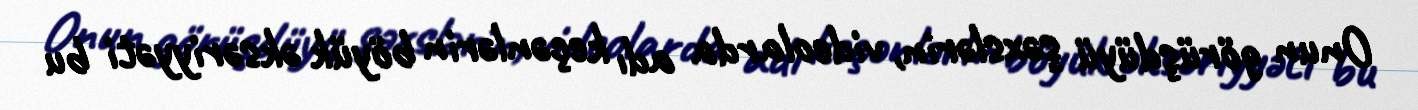
Onun görüşdüyü şəxslərin, videolarda adı keçənlərin böyük əksəriyyəti bu